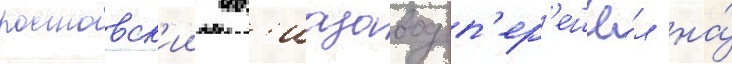
ростовск'ии ав'иазавод п'ер'ешё́л на́